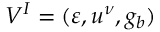
V ^ { I } = ( \varepsilon , u ^ { \nu } , g _ { b } )